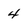
Character: 4